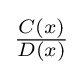
\textstyle {\frac {C(x)}{D(x)}}